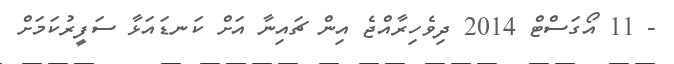
- 11 އޯގަސްޓް 2014 ދިވެހިރާއްޖެ އިން ޗައިނާ އަށް ކަނޑައަޅާ ސަފީރުކަމަށް